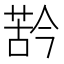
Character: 𱽳